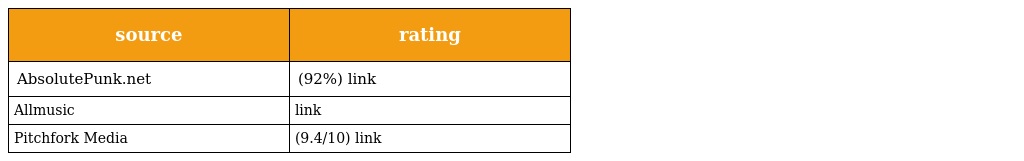
| source | rating |
 | --- | --- |
 | AbsolutePunk.net | (92%) link |
 | Allmusic | link |
 | Pitchfork Media | (9.4/10) link |